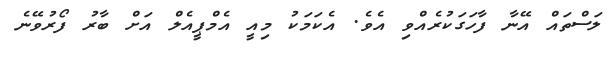
ލަސްތައް އޭނާ ފާހަގަކުރެއްވި އެވެ. އެކަމަކު މިއީ އެމްޕީއެލް އަށް ބާރު ފޯރުވޭނެ